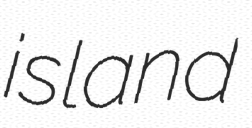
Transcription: island